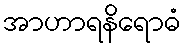
အာဟာရနိရောဓံ